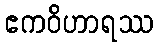
ဧကဝိဟာရဿ